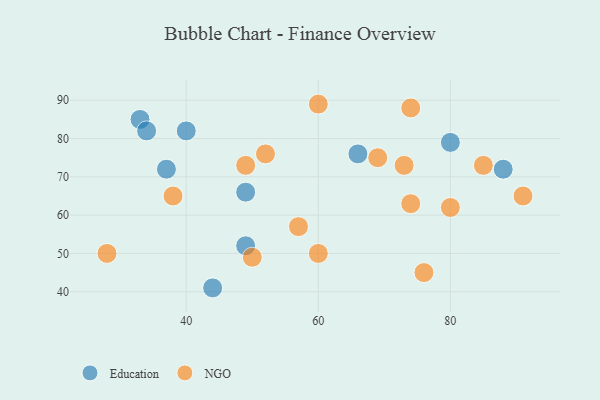
{"axis": {"x": "GDP", "y": "Life Expectancy"}, "legend": ["Education", "NGO"], "data": [{"x": "33", "y": 85, "type": "Education"}, {"x": "66", "y": 76, "type": "Education"}, {"x": "49", "y": 52, "type": "Education"}, {"x": "44", "y": 41, "type": "Education"}, {"x": "34", "y": 82, "type": "Education"}, {"x": "40", "y": 82, "type": "Education"}, {"x": "88", "y": 72, "type": "Education"}, {"x": "37", "y": 72, "type": "Education"}, {"x": "49", "y": 66, "type": "Education"}, {"x": "80", "y": 79, "type": "Education"}, {"x": "91", "y": 65, "type": "NGO"}, {"x": "28", "y": 50, "type": "NGO"}, {"x": "85", "y": 73, "type": "NGO"}, {"x": "60", "y": 89, "type": "NGO"}, {"x": "80", "y": 62, "type": "NGO"}, {"x": "74", "y": 63, "type": "NGO"}, {"x": "60", "y": 50, "type": "NGO"}, {"x": "69", "y": 75, "type": "NGO"}, {"x": "57", "y": 57, "type": "NGO"}, {"x": "49", "y": 73, "type": "NGO"}, {"x": "50", "y": 49, "type": "NGO"}, {"x": "74", "y": 88, "type": "NGO"}, {"x": "52", "y": 76, "type": "NGO"}, {"x": "38", "y": 65, "type": "NGO"}, {"x": "76", "y": 45, "type": "NGO"}, {"x": "73", "y": 73, "type": "NGO"}]}